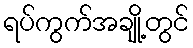
ရပ်ကွက်အချို့တွင်